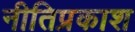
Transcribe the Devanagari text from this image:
नीतिप्रकाश